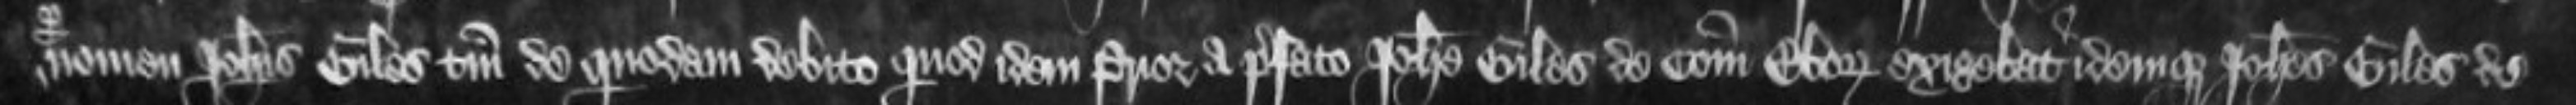
nomen Johannis Giles tantum de quodam debito quod idem Prior a prefato Johanne Giles de Comitatu Eboraci exigebat idemque Johannes Giles de